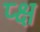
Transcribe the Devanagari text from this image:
प्क्ष